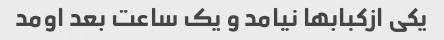
یکی از‌کبابها نیامد و یک ساعت بعد اومد